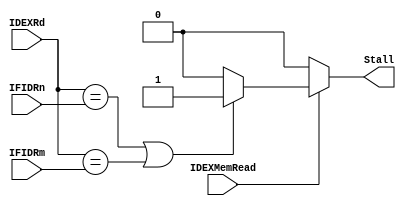
module HazardDetectionUnit(
	input IDEXMemRead,
	input [4:0] IDEXRd,
	input [4:0] IFIDRn,
	input [4:0] IFIDRm,
	output Stall);
	
assign Stall = !IDEXMemRead ? 0 : ((IDEXRd == IFIDRn) || (IDEXRd == IFIDRm)) ? 1 : 0;
	
endmodule